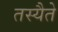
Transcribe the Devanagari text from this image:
तस्यैते